Vaccination in Bombay 1913-1923 - 1913-1923
Year: 1913
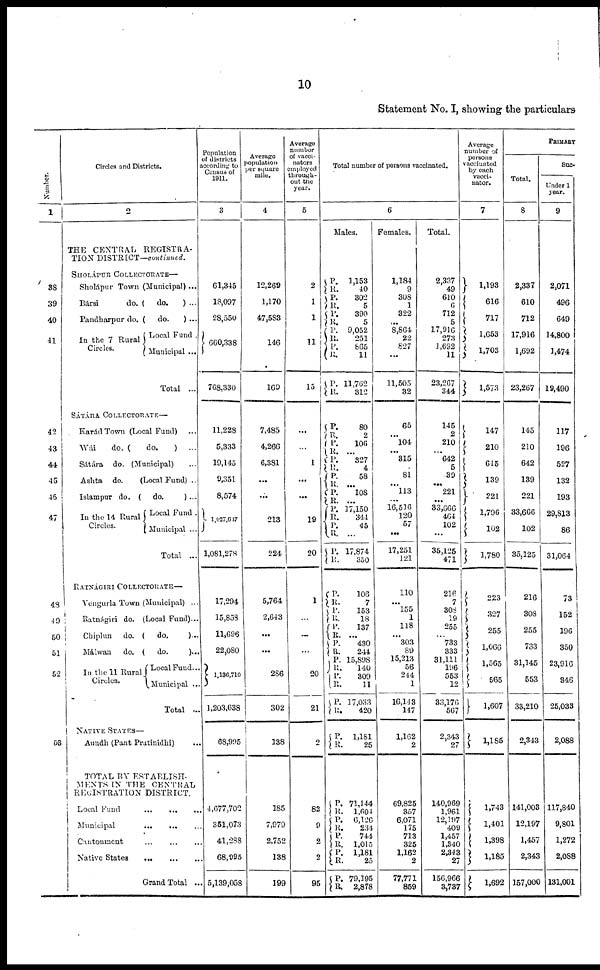
10
Statement No. I, showing the particulars
Number.
1
38
39
40
41
42
43
44
45
46
47
48
49
50
51
52
53
Circles and Districts.
2
THE CENTRAL REGISTRA-
TION DISTRICT—continued.
SHOLÁPUR COLLECTORATE—
Sholápur Town (Municipal) ...
Bársi
do. ( do.
) ...
Pandharpur do. ( do.
) ...
In the 7 Rural
Circles.
Local Fund .
Municipal ...
Total ...
SÁTÁRA COLLECTORATE—
Karád Town (Local Fund) ...
Wái
do. (
do.
) ...
Sátára do. (Municipal) ...
Ashta do.
(Local Fund)...
Islampur do. ( do.
) ...
In the 14 Rural
Circles.
Local Fund .
Municipal ...
Total ...
RATNÁGIRI COLLECTORATE—
Vengurla Town (Municipal) ...
Ratnágiri do. (Local Fund)...
Chiplun do. ( do.
)...
Málwan
do. ( do.
)...
In the 11 Rural
Circles.
Local Fund...
Municipal ...
Total ...
Aundh (Pant Pratinidhi) ...
TOTAL BY ESTABLISH-
MENTS IN THE CENTRAL
REGISTRATION DISTRICT.
Local Fund
...
...
...
Municipal
...
...
...
Cantonment
...
...
...
Native States
...
...
...
Grand Total ..
Population
of districts
according to
Census of
1911.
3
61,345
18,097
28,550
660,338
768,330
11,228
5,333
19,145
9,351
8,574
1,027,647
1,081,278
17,294
15,853
11,696
22,080
1,136,710
1,203,638
68,995
4,677,702
351,073
41,288
68,995
5,139,058
Average
population
per square
mile.
4
12,269
1,170
47,583
146
169
7,485
4,266
6,381
...
...
213
224
5,764
2,643
...
...
286
302
138
185
7,979
2,752
138
199
Average
number
of vacci¬
nators
employed
through-
out the
year.
5
2
1
1
11
15
...
...
1
...
...
19
20
1
...
...
...
20
21
2
82
9
2
2
95
Total number of persons vaccinated.
6
Males.
P.
R.
P.
R.
P.
R.
P.
R.
P.
R.
P.
R.
P.
R.
P.
P.
P.
R.
P.
R.
P.
R.
P.
R.
P.
R.
P.
R.
P.
R.
P.
R.
P.
R.
P.
R.
P.
R.
P.
R.
P.
R.
P.
R.
P.
R.
P. R.
P.
R.
P.
R.
P.
R.
1,153
40
302
5
390
5
9,052
251
865
11
11,762
312
80
2
106
...
327
4
58
...
108
...
17,150
344
45
...
17,874
350
106
7
153
18
137
...
430
244
15,898
140
309
11
17,033
420
1,181
25
71,144
1,604
6,126
234
744
1,015
1,181
25
79,195
2,878
Females.
1,184
9
308
1
322
...
8,864
22
827
...
11,505
32
65
...
104
...
315
...
81
... 113
...
16,516
120
57
...
17,251
121
110
...
155
1
118
...
303
89
15,213
56
244
1
16,143
147
1,162
2
69,825
357
6,071
175
713
325
1,162
2
77,771
859
Total.
2,337
49
610
6
712
5
17,916
273
1,692
11
23,267
344
145
2
210
... 642
5
39
... 221
...
33,666
464
102
...
35,125
471
216
7
308
19
255
...
733
333
31,111
196
553
12
33,176
567
2,343
27
140,969
1,961
12,197
409
1,457
1,340
2,343
27
156,966
3,737
Average
number of
persons
vaccinated
by each
vacci¬
nator.
7
1,193
616
717
1,653
1,703
1,573
147
210
645
139
221
1,796
102
1,780
223
327
255
1,066
1,565
565
1,607
1,185
1,743
1,401
1,398
1,185
1,692
PRIMARY
Total.
8
2,337
610
712
17,916
1,692
23,267
145
210
642
139
221
33,666
102
35,125
216
308
255
733
31,145
553
33,210
2,343
141,003
12,197
1,457
2,343
157,000
Suc¬
Under 1
year.
9
2,071
496
649
14,800
1,474
19,490
117
196
527
132
193
29,813
86
31,064
73
152
196
350
23,916
346
25,033
2,088
117,840
9,801
1,272
2,088
131,001